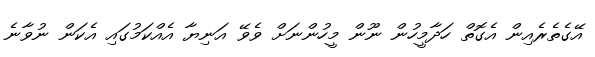
އޭގެތެރެއިން އެގޮތް ހަދާމީހުން ނޫން މީހުންނަށް ވެވޭ އަނިޔާ އެއްކަމުގައި އެކަން ނުވާނެ